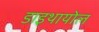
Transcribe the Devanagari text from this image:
डाइथायोल